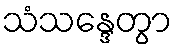
သံသန္ဒေတွာ